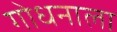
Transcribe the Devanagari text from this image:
गोधनाला